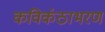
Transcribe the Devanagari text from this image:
कविकंठाभरण